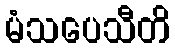
မံသပေသီတိ